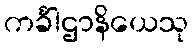
ကင်္ခါဌာနိယေသု